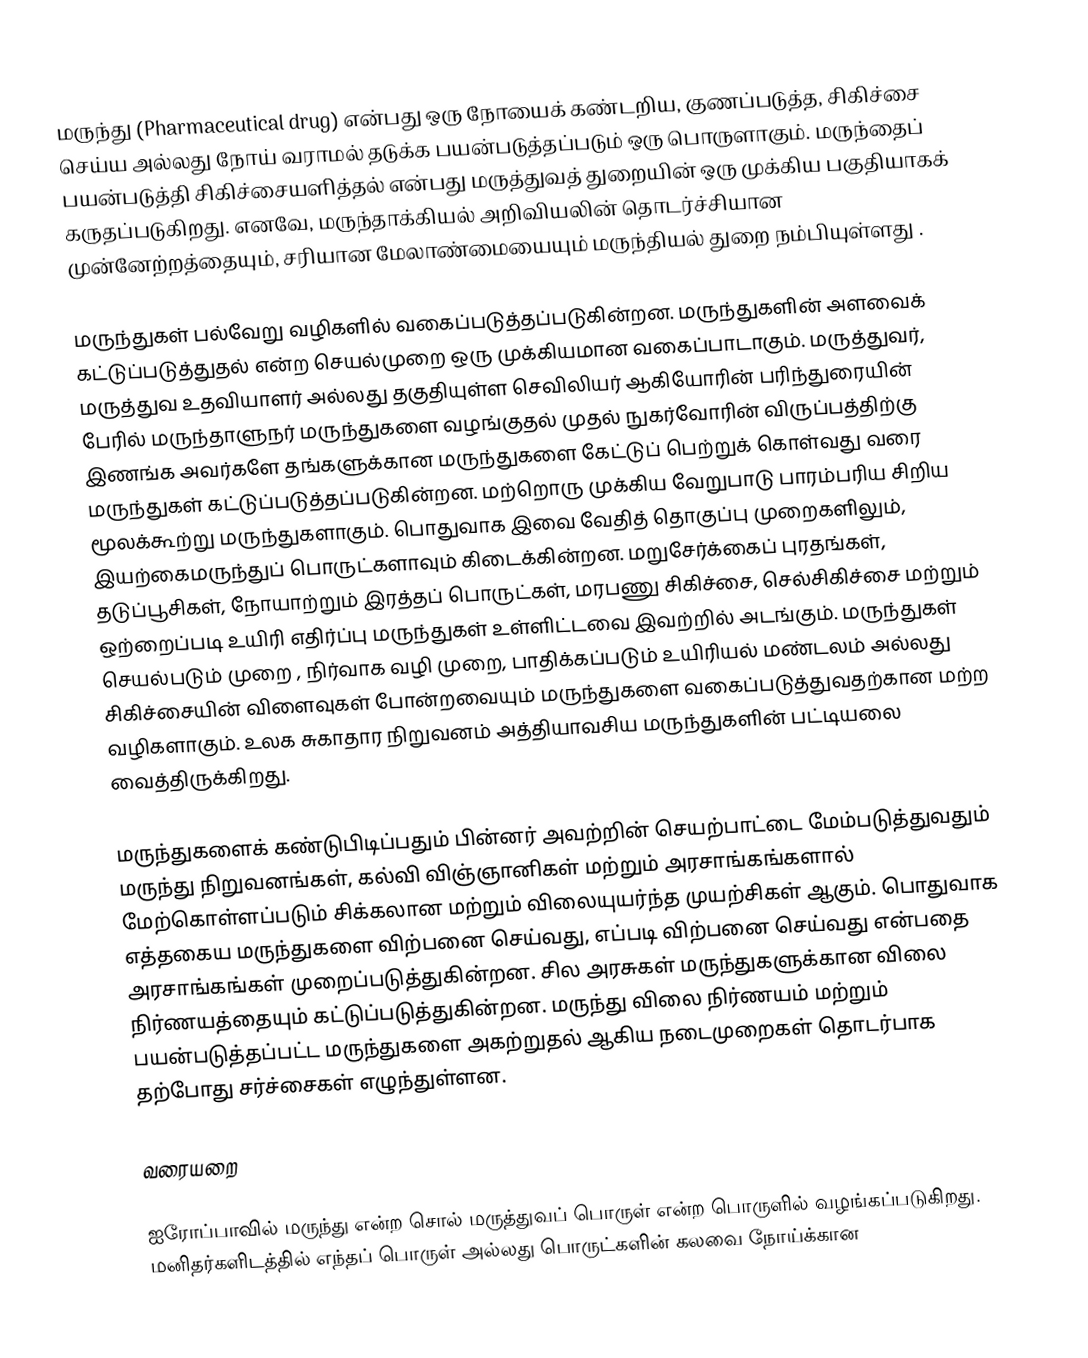
மருந்து (Pharmaceutical drug) என்பது ஒரு நோயைக் கண்டறிய, குணப்படுத்த, சிகிச்சை செய்ய அல்லது நோய் வராமல் தடுக்க பயன்படுத்தப்படும் ஒரு பொருளாகும். மருந்தைப் பயன்படுத்தி சிகிச்சையளித்தல் என்பது மருத்துவத் துறையின் ஒரு முக்கிய பகுதியாகக் கருதப்படுகிறது. எனவே, மருந்தாக்கியல் அறிவியலின் தொடர்ச்சியான முன்னேற்றத்தையும், சரியான மேலாண்மையையும் மருந்தியல் துறை நம்பியுள்ளது .

மருந்துகள் பல்வேறு வழிகளில் வகைப்படுத்தப்படுகின்றன. மருந்துகளின் அளவைக் கட்டுப்படுத்துதல் என்ற செயல்முறை ஒரு முக்கியமான வகைப்பாடாகும். மருத்துவர், மருத்துவ உதவியாளர் அல்லது தகுதியுள்ள செவிலியர் ஆகியோரின் பரிந்துரையின் பேரில் மருந்தாளுநர் மருந்துகளை வழங்குதல் முதல் நுகர்வோரின் விருப்பத்திற்கு இணங்க அவர்களே தங்களுக்கான மருந்துகளை கேட்டுப் பெற்றுக் கொள்வது வரை மருந்துகள் கட்டுப்படுத்தப்படுகின்றன. மற்றொரு முக்கிய வேறுபாடு பாரம்பரிய சிறிய மூலக்கூற்று மருந்துகளாகும். பொதுவாக இவை வேதித் தொகுப்பு முறைகளிலும், இயற்கைமருந்துப் பொருட்களாவும் கிடைக்கின்றன. மறுசேர்க்கைப் புரதங்கள், தடுப்பூசிகள், நோயாற்றும் இரத்தப் பொருட்கள், மரபணு சிகிச்சை, செல்சிகிச்சை மற்றும் ஒற்றைப்படி உயிரி எதிர்ப்பு மருந்துகள் உள்ளிட்டவை இவற்றில் அடங்கும். மருந்துகள் செயல்படும் முறை , நிர்வாக வழி முறை, பாதிக்கப்படும் உயிரியல் மண்டலம் அல்லது சிகிச்சையின்  விளைவுகள் போன்றவையும் மருந்துகளை வகைப்படுத்துவதற்கான மற்ற வழிகளாகும். உலக சுகாதார நிறுவனம் அத்தியாவசிய மருந்துகளின் பட்டியலை வைத்திருக்கிறது.

மருந்துகளைக் கண்டுபிடிப்பதும் பின்னர் அவற்றின் செயற்பாட்டை மேம்படுத்துவதும் மருந்து நிறுவனங்கள், கல்வி விஞ்ஞானிகள் மற்றும் அரசாங்கங்களால் மேற்கொள்ளப்படும் சிக்கலான மற்றும் விலையுயர்ந்த முயற்சிகள் ஆகும். பொதுவாக எத்தகைய மருந்துகளை  விற்பனை செய்வது, எப்படி விற்பனை செய்வது என்பதை அரசாங்கங்கள் முறைப்படுத்துகின்றன. சில அரசுகள் மருந்துகளுக்கான விலை நிர்ணயத்தையும் கட்டுப்படுத்துகின்றன. மருந்து விலை நிர்ணயம் மற்றும் பயன்படுத்தப்பட்ட  மருந்துகளை அகற்றுதல் ஆகிய நடைமுறைகள் தொடர்பாக  தற்போது சர்ச்சைகள் எழுந்துள்ளன.

வரையறை

ஐரோப்பாவில் மருந்து என்ற சொல் மருத்துவப் பொருள் என்ற பொருளில் வழங்கப்படுகிறது. மனிதர்களிடத்தில் எந்தப் பொருள் அல்லது பொருட்களின் கலவை நோய்க்கான